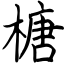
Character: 榶